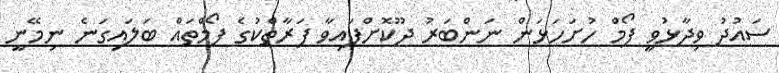
ސައުދު ވިދާޅުވީ ފޯމް ހުށަހަޅަން ނަންބަރު ދޫކޮށްފައިވާ ފަރާތްކުގެ ފޯމްތައް ބަލައިގަނެ ނިމޭނީ